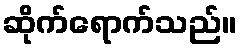
ဆိုက်ရောက်သည်။